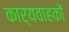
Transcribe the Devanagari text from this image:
कार्यवाहकों